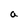
Character: a